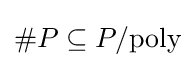
\textstyle \#P\subseteq P/{\text{poly}}